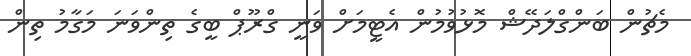
މެޗުން ބަންގްލަދޭޝް މޮޅުވުމުން އެޓީމަށް ވަނީ ގްރޫޕް ބީގެ ތިންވަނަ މަގާމު ތިން